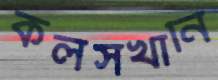
কলসখানি